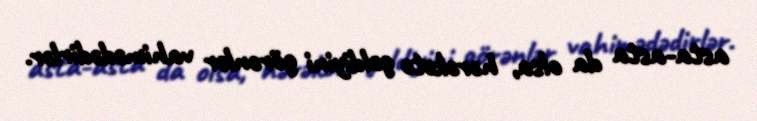
asta-asta da olsa, hərəkətə gəldiyini görənlər vahimədədirlər.